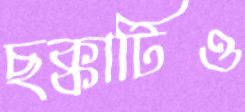
ছক্কাটিও